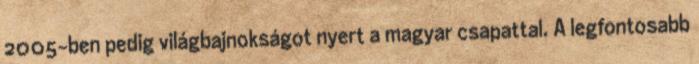
2005-ben pedig világbajnokságot nyert a magyar csapattal. A legfontosabb